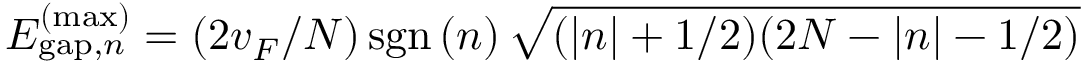
E _ { \mathrm { g a p } , n } ^ { ( \mathrm { m a x } ) } = ( 2 v _ { F } / N ) \, \mathrm { s g n } \, ( n ) \, \sqrt { ( | n | + 1 / 2 ) ( 2 N - | n | - 1 / 2 ) }